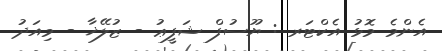
އެންމެ މޮޅު އެކްޓަރ : ޔޫސުފް ޝަފީޢު - ޒުލޭޚާ - މިއަދު